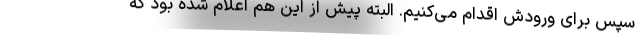
سپس برای ورودش اقدام می‌کنیم. البته پیش از این هم اعلام شده بود که